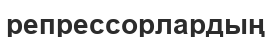
репрессорлардың